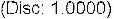
(DISC: 1.0000)